65_HS1-834228961_62-HQ-83894_Section_3
Agency: FBI
Page 108
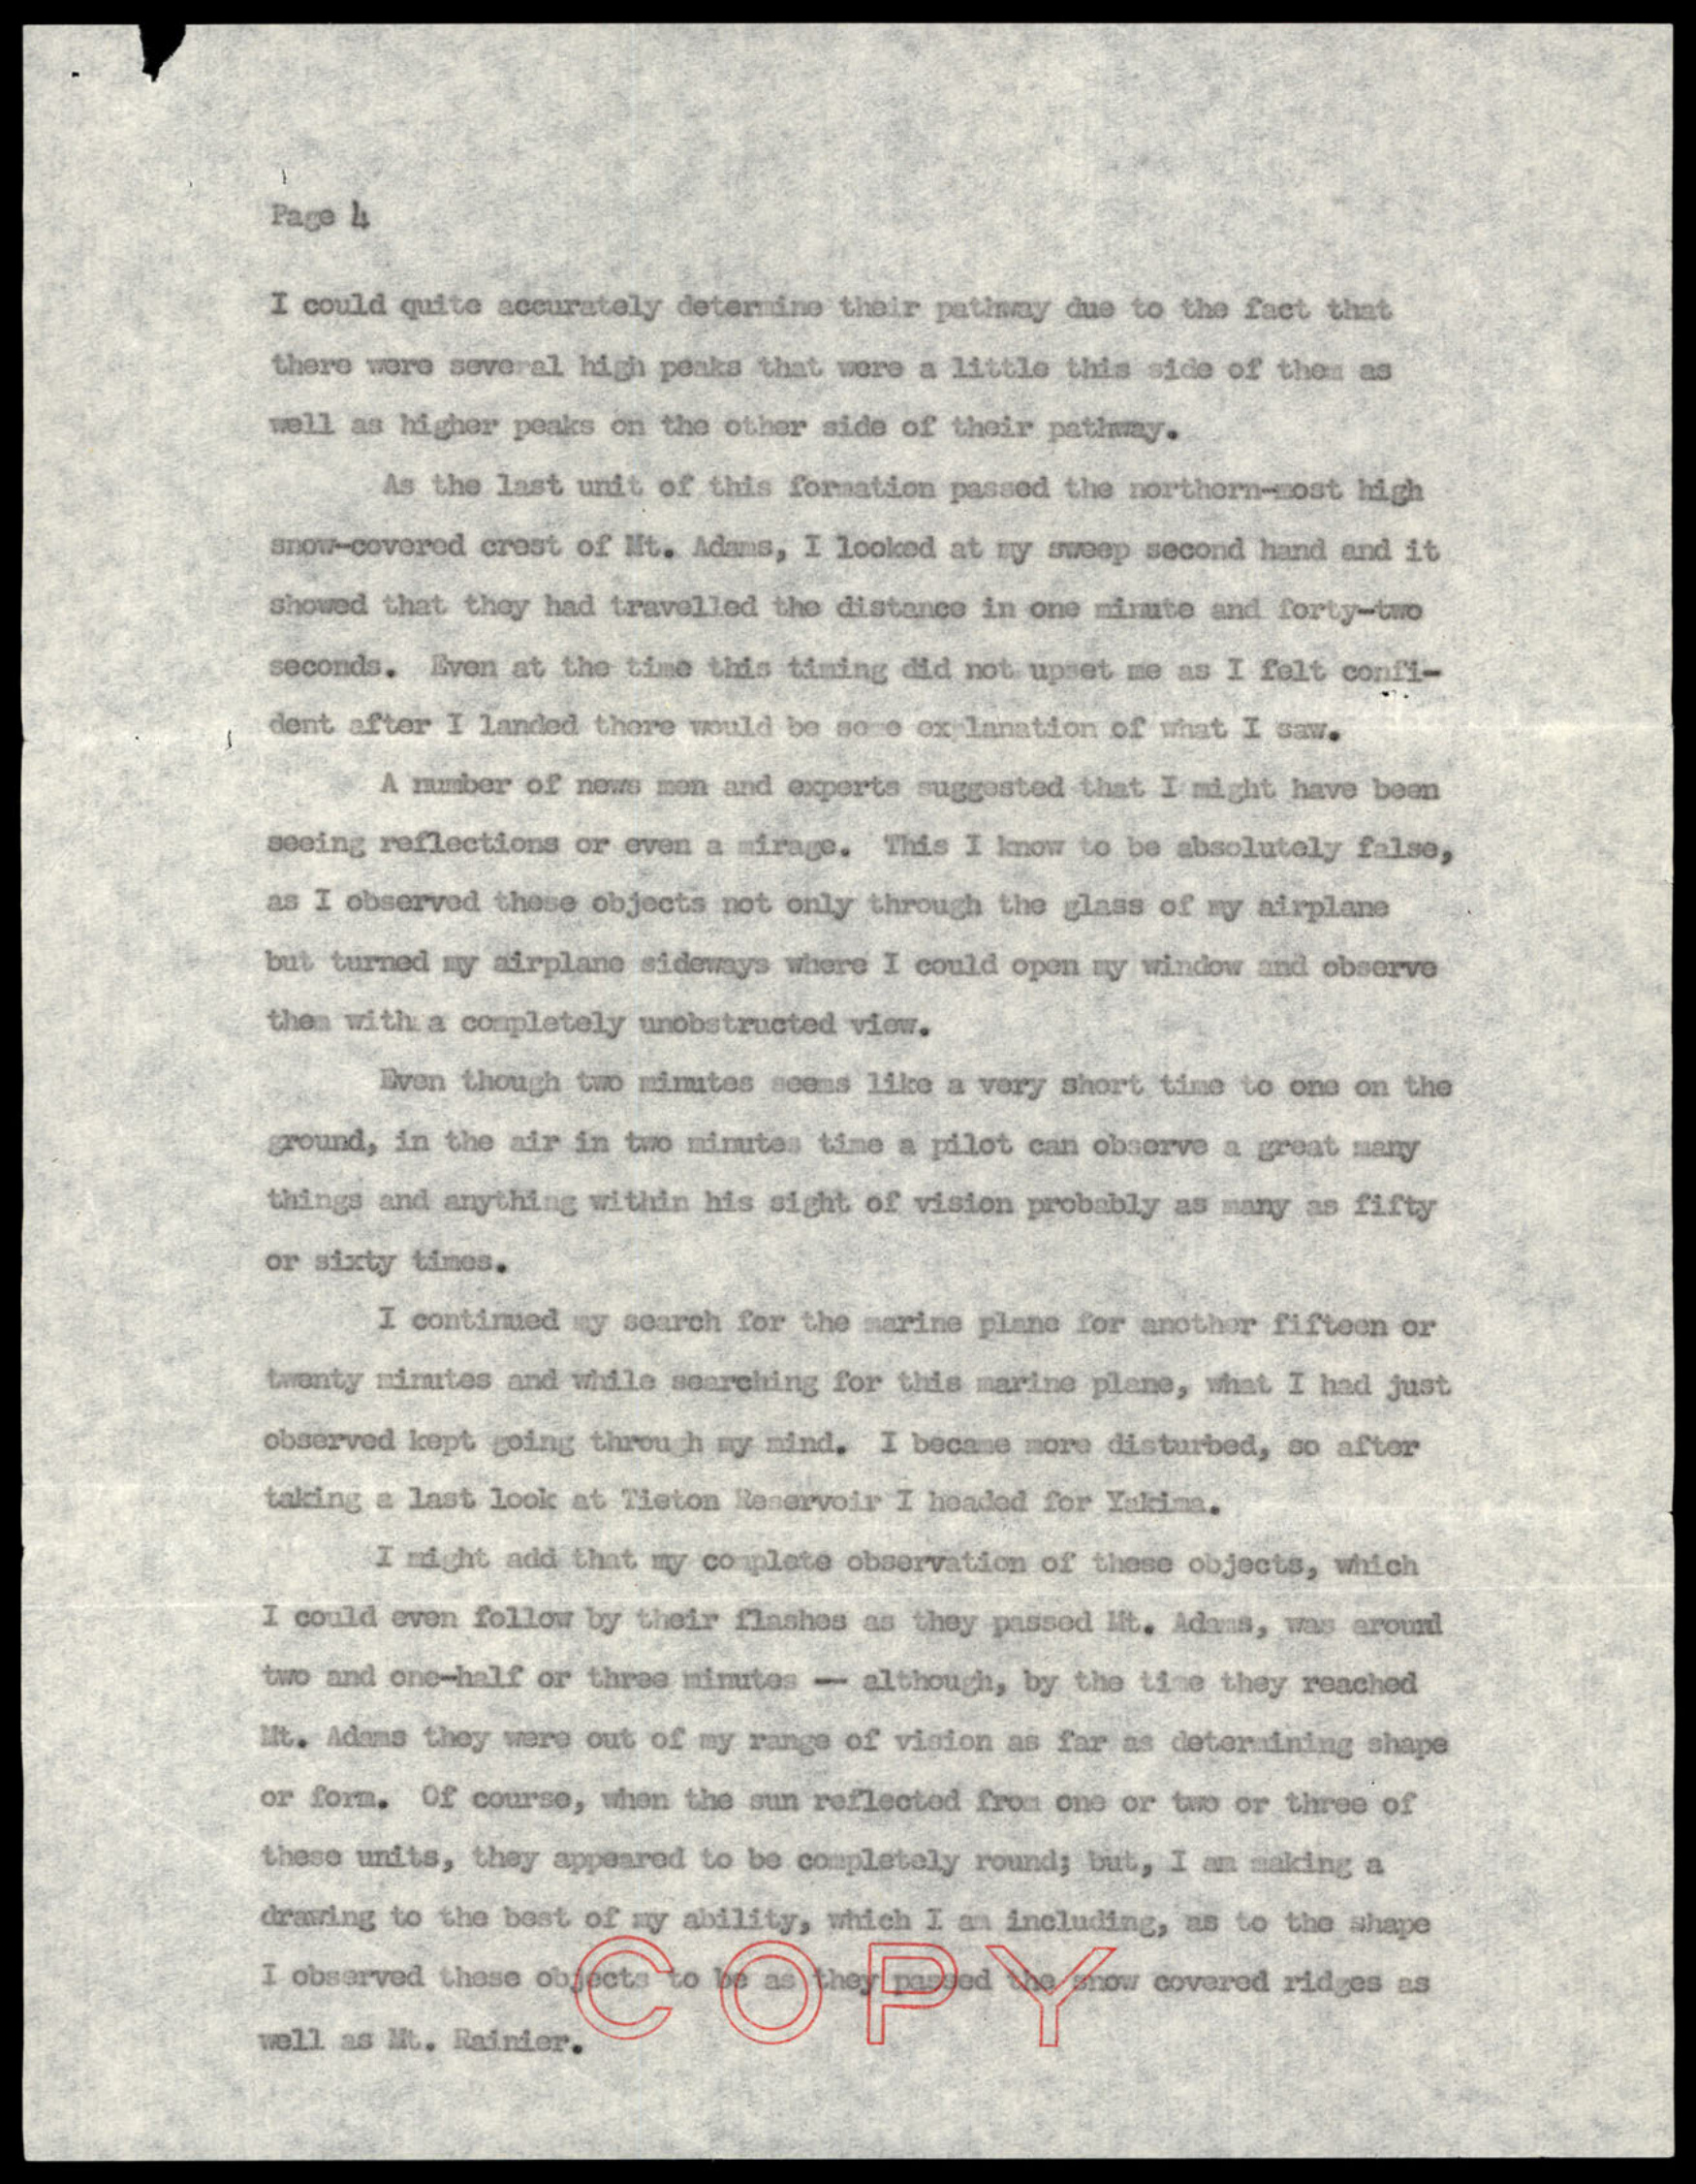